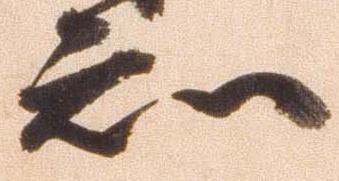
知